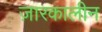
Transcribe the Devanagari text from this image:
ज़ारकालीन